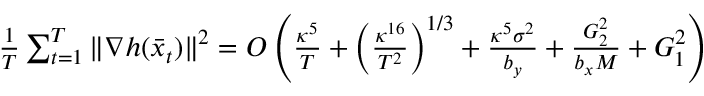
\begin{array} { r } { \frac { 1 } { T } \sum _ { t = 1 } ^ { T } \| \nabla h ( \bar { x } _ { t } ) \| ^ { 2 } = O \left( \frac { \kappa ^ { 5 } } { T } + \left( \frac { \kappa ^ { 1 6 } } { T ^ { 2 } } \right) ^ { 1 / 3 } + \frac { \kappa ^ { 5 } \sigma ^ { 2 } } { b _ { y } } + \frac { G _ { 2 } ^ { 2 } } { b _ { x } M } + G _ { 1 } ^ { 2 } \right) } \end{array}